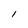
Character: I